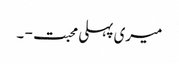
میری پہلی محبت - ۔